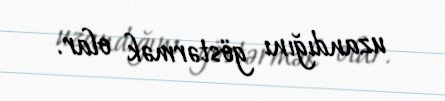
uzandığını göstərmək olar.